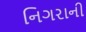
નિગરાની